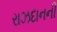
રાઝદાનની